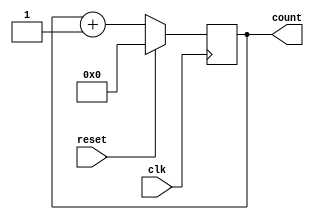
module SynchronousResetCounter (
    input wire clk,       // Clock signal
    input wire reset,     // Synchronous reset signal
    output reg [7:0] count // 8-bit output count
);

// Always block for synchronous operation
always @(posedge clk) begin
    if (reset) begin
        // Reset logic
        count <= 8'b0;   // Reset count to 0
    end else begin
        // Normal operation logic
        count <= count + 1; // Increment count
    end
end

endmodule